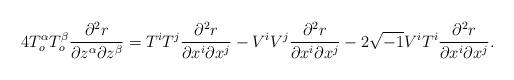
LaTeX: \begin{align*}4 T_o^\alpha T_o^\beta\frac{\partial^2 r}{\partial z^\alpha\partial z^\beta}&= T^iT^j \frac{\partial^2 r}{\partial x^i\partial x^j}-V^iV^j\frac{\partial^2 r}{\partial x^i\partial x^j}-2\sqrt{-1}V^iT^i\frac{\partial^2 r}{\partial x^i\partial x^j}.\end{align*}